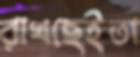
রাখছেইতা